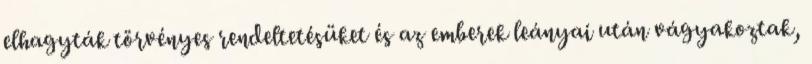
elhagyták törvényes rendeltetésüket és az emberek leányai után vágyakoztak,